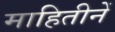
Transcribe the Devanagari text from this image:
माहितीनें